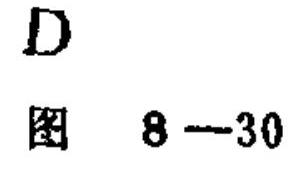
\(D\)
图 \(8 - 30\)